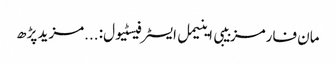
مان فارمز بیبی اینیمل ایسٹر فیسٹیول:	...مزید پڑھ